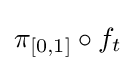
\pi _{[0,1]}\circ f_{t}